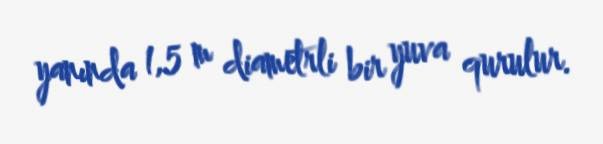
yanında 1,5 m diametrli bir yuva qurulur.